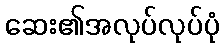
ဆေး၏အလုပ်လုပ်ပုံ